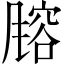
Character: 𬲄